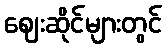
ဈေးဆိုင်များတွင်